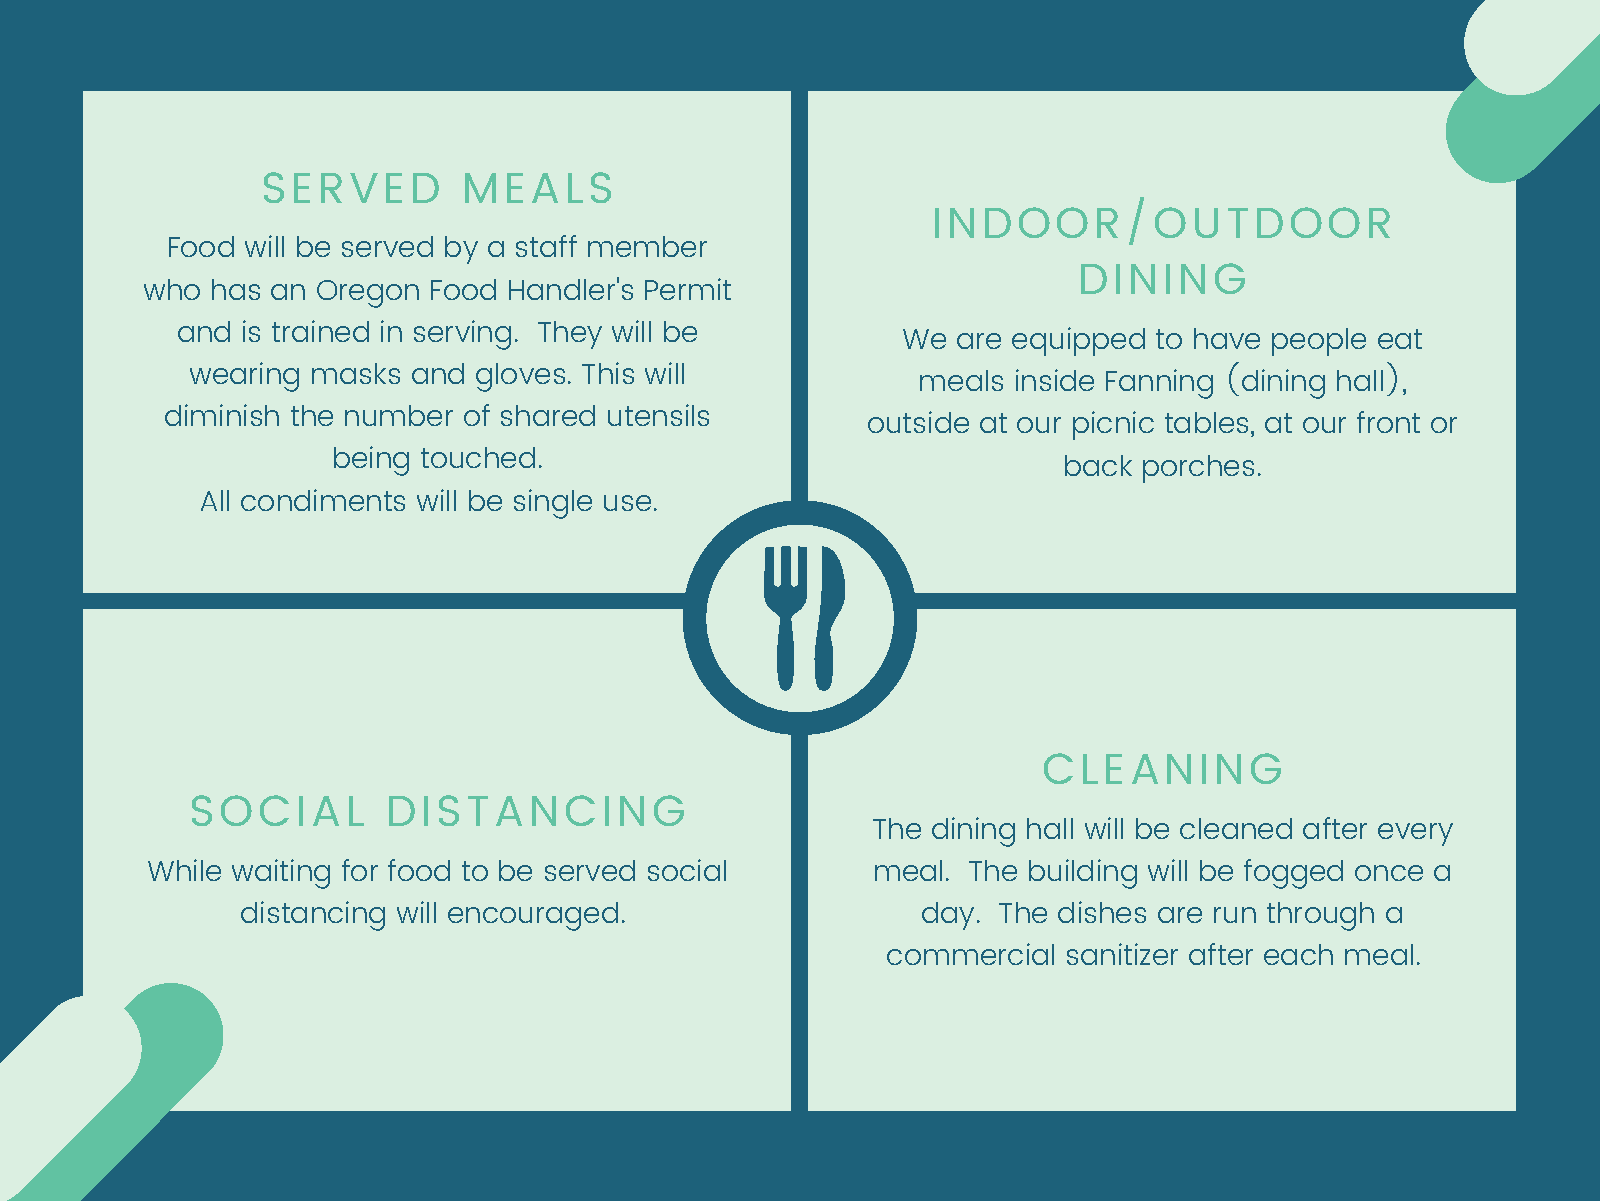
SERVED        MEALS
 INDOOR/OUTDOOR
 Food will be served by a staff member
 DINING
 who  has an Oregon Food  Handler's Permit
 and is trained in serving. They will be
 We are equipped to have people eat
 wearing  masks and gloves. This will
 meals inside Fanning (dining hall),
 diminish the number of shared utensils
 outside at our picnic tables, at our front or
 being touched.
 back  porches.
 All condiments will be single use.
 CLEANING
 SOCIAL       DISTANCING
 The dining hall will be cleaned after every
 While waiting for food to be served social      meal. The building will be fogged once a
 distancing will encouraged.                  day. The dishes are run through a
 commercial  sanitizer after each meal.